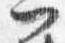
門